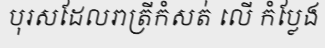
បុរសដែលរាត្រីកំសត់ លើ កំប្លែង